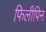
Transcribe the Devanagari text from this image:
फिलीपिन